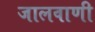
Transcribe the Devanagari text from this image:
जालवाणी